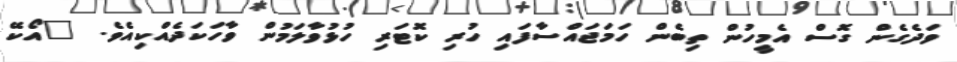
ވަދެގެން ގޮސް އެމީހުން ތިބެން ހަމަޖައްސާފައި ހުރި ކޮޓަރި ހުޅުވާލަމުން ވާހަކަދެއްކިއެވެ. "އޯކޭ